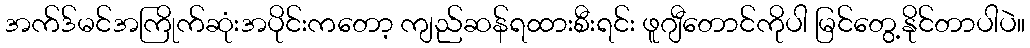
အက်ဒ်မင်အကြိုက်ဆုံးအပိုင်းကတော့ ကျည်ဆန်ရထားစီးရင်း ဖူဂျီတောင်ကိုပါ မြင်တွေ့နိုင်တာပါပဲ။